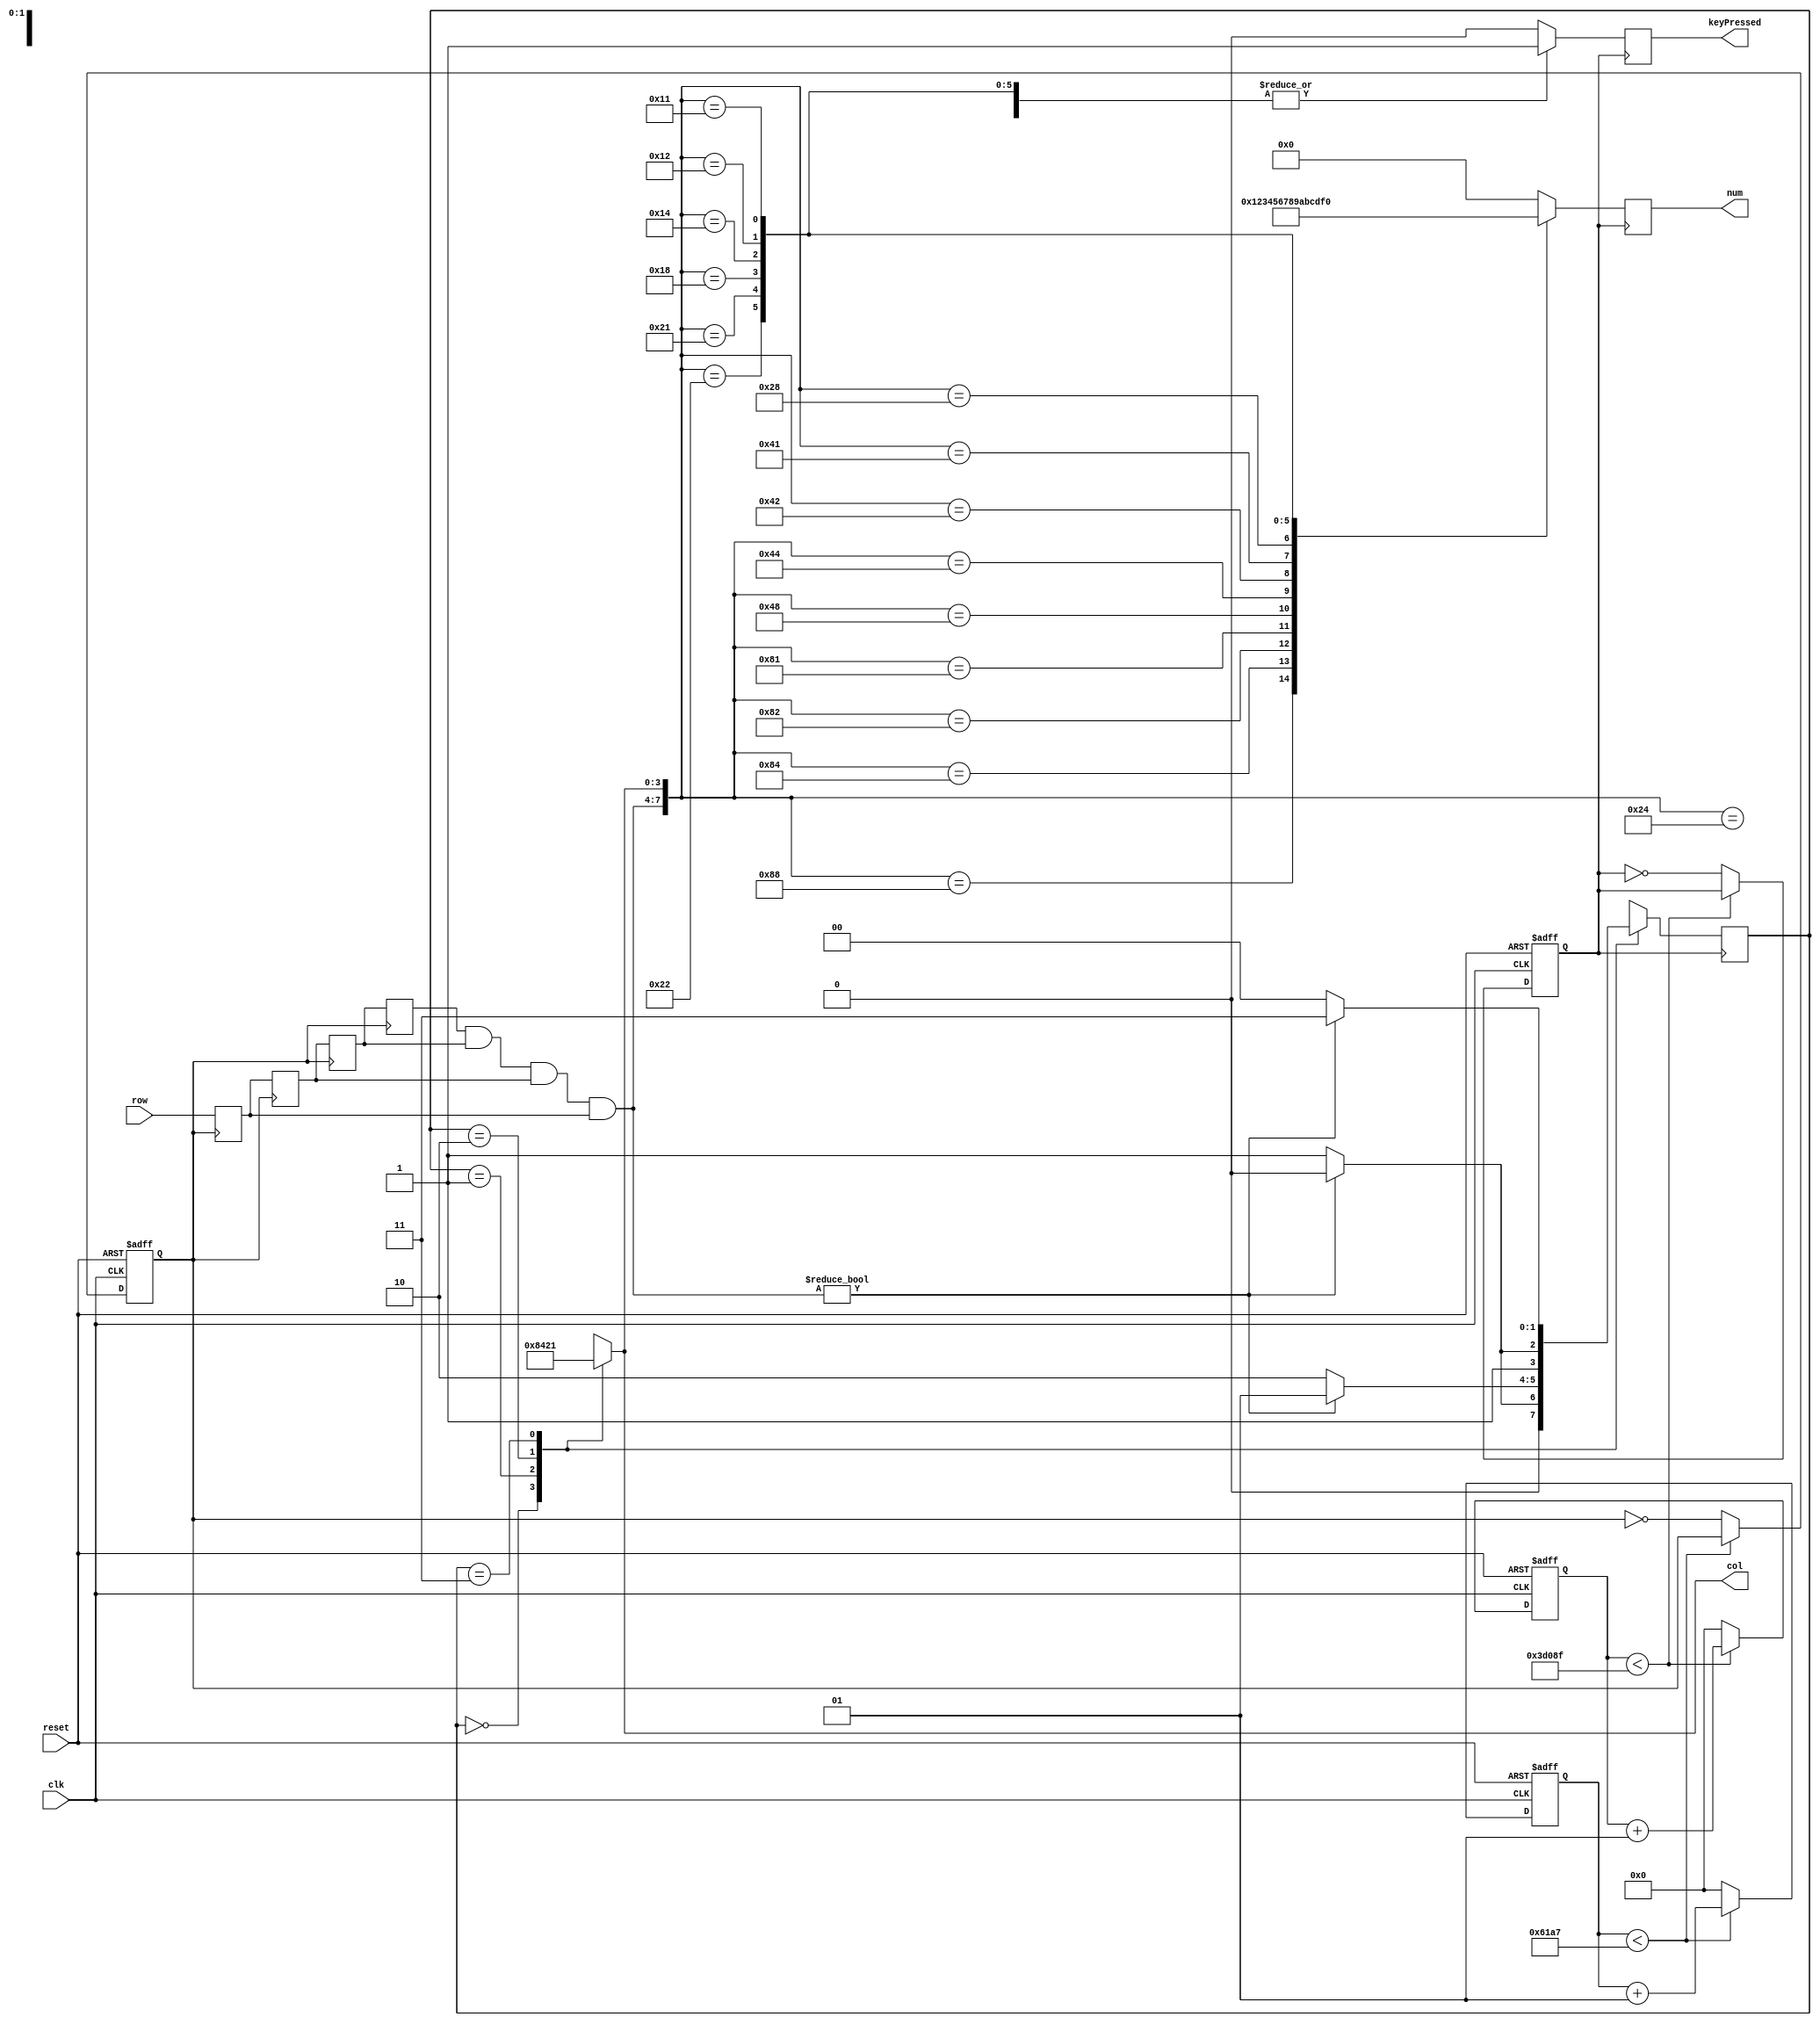
module Keyboard (
	input            clk,
	input            reset,
	input      [3:0] row,
	output reg [3:0] col,
	output reg [3:0] num,
	output reg       keyPressed
);

/* Frequency of the Keyboard */
	parameter kbdFreq = 50;
/* Constant of the SM */
	parameter S0 = 0, S1 = 1, S2 = 2, S3 = 3;
/* Registers */
	integer   scnCnt;
	reg       scnClk;
	integer   kbdCnt;
	reg       kbdClk;
	reg [3:0] samp [1:4];
	reg [1:0] state;
/* Wires */
	wire[3:0] inRow;

/* Stable input */
	assign inRow = samp[4] & samp[3] & samp[2] & samp[1];
	always @ (posedge scnClk) begin
		samp[4] <= samp[3];
		samp[3] <= samp[2];
		samp[2] <= samp[1];
		samp[1] <= row;
	end

/* Keyboard State Machine */
	always @ (posedge kbdClk) begin
		case (state)
			S0:	state <= (inRow ? S0 : S1);
			S1:	state <= (inRow ? S1 : S2);
			S2:	state <= (inRow ? S2 : S3);
			S3:	state <= (inRow ? S3 : S0);
		endcase
	end

/* Scan the keyboard row */
	always @ (state) begin
		case(state)
			S0:	col <= 4'b1000;
			S1:	col <= 4'b0100;
			S2:	col <= 4'b0010;
			S3:	col <= 4'b0001;
		endcase
	end

/* Translate the input */
	always @ (posedge kbdClk) begin
		case ( {inRow, col} )
			8'b1000_1000: begin num <= 4'h1; keyPressed <= 1; end
			8'b1000_0100: begin num <= 4'h2; keyPressed <= 1; end
			8'b1000_0010: begin num <= 4'h3; keyPressed <= 1; end
			8'b1000_0001: begin num <= 4'h4; keyPressed <= 1; end
			8'b0100_1000: begin num <= 4'h5; keyPressed <= 1; end
			8'b0100_0100: begin num <= 4'h6; keyPressed <= 1; end
			8'b0100_0010: begin num <= 4'h7; keyPressed <= 1; end
			8'b0100_0001: begin num <= 4'h8; keyPressed <= 1; end
			8'b0010_1000: begin num <= 4'h9; keyPressed <= 1; end
			8'b0010_0100: begin num <= 4'h0; keyPressed <= 1; end
			8'b0010_0010: begin num <= 4'ha; keyPressed <= 1; end
			8'b0010_0001: begin num <= 4'hb; keyPressed <= 1; end
			8'b0001_1000: begin num <= 4'hc; keyPressed <= 1; end
			8'b0001_0100: begin num <= 4'hd; keyPressed <= 1; end
			8'b0001_0010: begin num <= 4'he; keyPressed <= 1; end
			8'b0001_0001: begin num <= 4'hf; keyPressed <= 1; end
			default:      begin num <= 4'h0; keyPressed <= 0; end
		endcase
	end

/* Generate Clock */
	always @ (posedge clk or negedge reset) begin
		if (!reset) begin
			scnCnt <= 0;
			scnClk <= 0;
		end
		else  if (scnCnt < (25000000 / (kbdFreq * 10) - 1) / 2) begin
					scnCnt <= scnCnt + 1;
				end
				else begin
					scnCnt <= 0;
					scnClk <= ~scnClk;
				end
	end
	always @ (posedge clk or negedge reset) begin
		if (!reset) begin
			kbdCnt <= 0;
			kbdClk <= 0;
		end
		else  if (kbdCnt < (25000000 / kbdFreq - 1) / 2) begin
					kbdCnt <= kbdCnt + 1;
				end
				else begin
					kbdCnt <= 0;
					kbdClk <= ~kbdClk;
				end
	end

endmodule